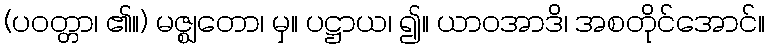
(ပဝတ္တာ၊ ၏။) မဇ္ဈတော၊ မှ။ ပဋ္ဌာယ၊ ၍။ ယာဝအာဒိ၊ အစတိုင်အောင်။